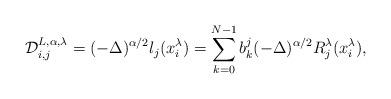
LaTeX: \begin{align*}\mathcal{D}_{i,j}^{L,\alpha,\lambda}=(-\Delta)^{\alpha/2}l_{j}(x_i^\lambda)=\sum_{k=0}^{N-1}b_{k}^{j}(-\Delta)^{\alpha/2}R_{j}^{\lambda}(x_{i}^\lambda),\end{align*}